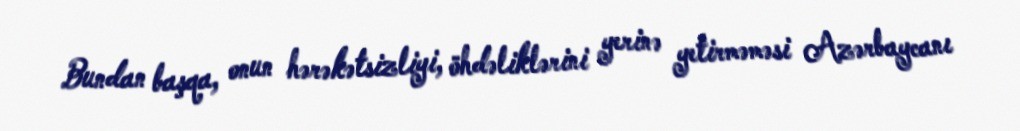
Bundan başqa, onun hərəkətsizliyi, öhdəliklərini yerinə yetirməməsi Azərbaycanı